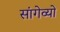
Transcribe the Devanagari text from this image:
सांगेव्यो